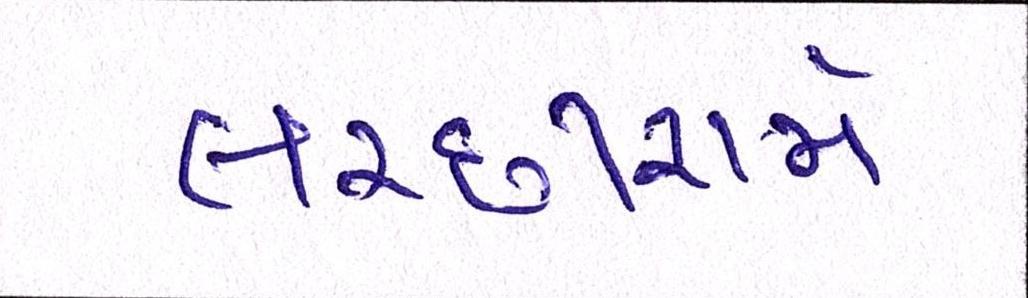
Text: લચ્છીરામે